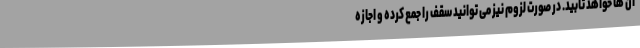
آن ها خواهد تابید. در صورت لزوم نیز می توانید سقف را جمع کرده و اجازه